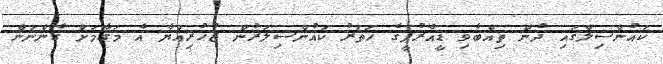
ކައުންސިލްގައި ދެން ތިއްބެވި ޑީއާރުޕީގެ ހަތަރު ކައުންސިލަރުން ޒުހުރިއްޔާ އެ މަގާމަށް ގެންނަން